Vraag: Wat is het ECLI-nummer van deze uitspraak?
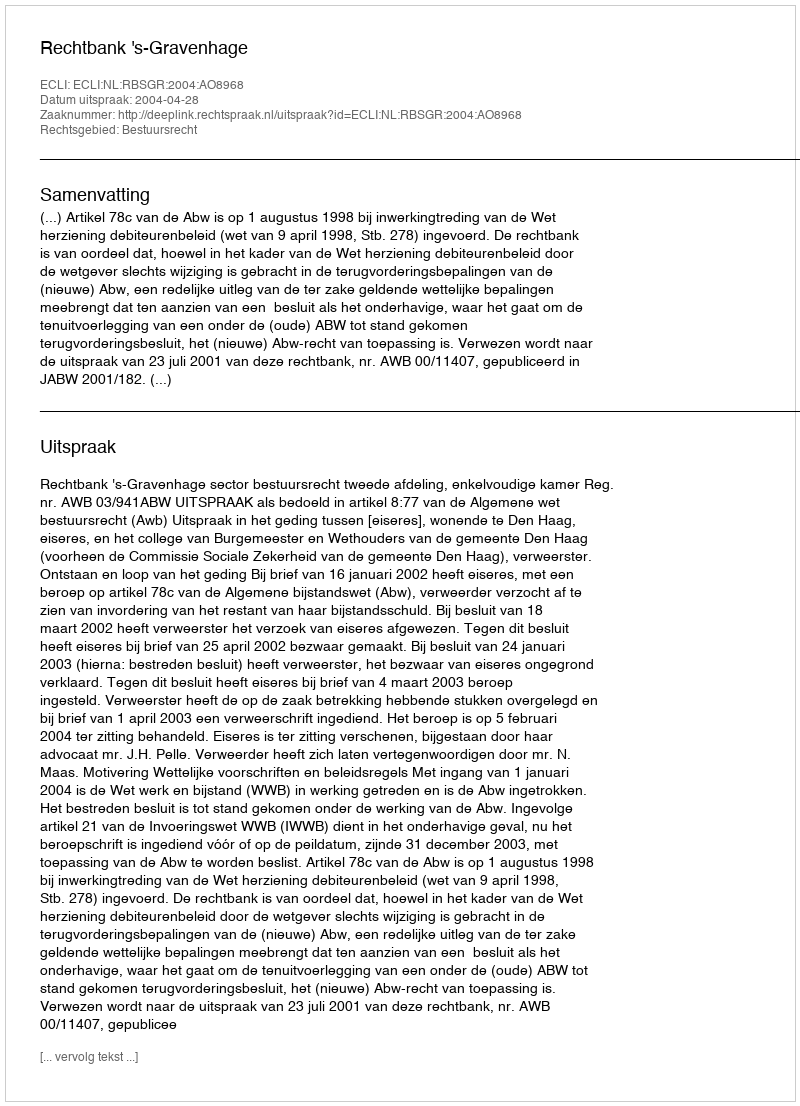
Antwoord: ECLI:NL:RBSGR:2004:AO8968